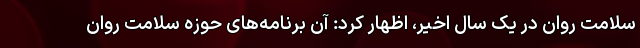
سلامت روان در یک سال اخیر، اظهار کرد: آن برنامه‌های حوزه سلامت روان